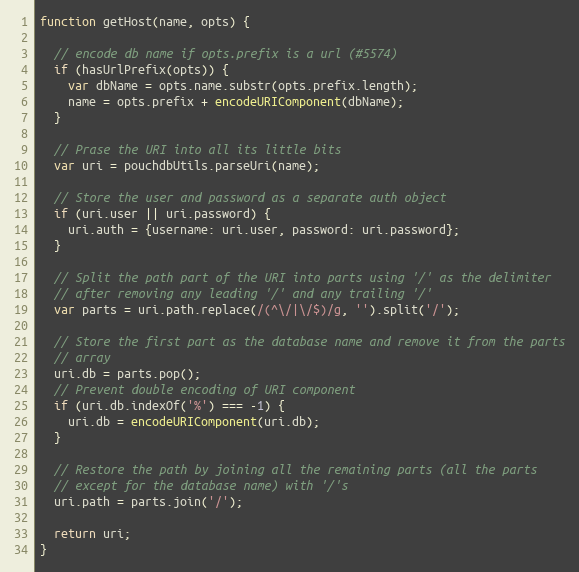
Language: JavaScript
function getHost(name, opts) {

  // encode db name if opts.prefix is a url (#5574)
  if (hasUrlPrefix(opts)) {
    var dbName = opts.name.substr(opts.prefix.length);
    name = opts.prefix + encodeURIComponent(dbName);
  }

  // Prase the URI into all its little bits
  var uri = pouchdbUtils.parseUri(name);

  // Store the user and password as a separate auth object
  if (uri.user || uri.password) {
    uri.auth = {username: uri.user, password: uri.password};
  }

  // Split the path part of the URI into parts using '/' as the delimiter
  // after removing any leading '/' and any trailing '/'
  var parts = uri.path.replace(/(^\/|\/$)/g, '').split('/');

  // Store the first part as the database name and remove it from the parts
  // array
  uri.db = parts.pop();
  // Prevent double encoding of URI component
  if (uri.db.indexOf('%') === -1) {
    uri.db = encodeURIComponent(uri.db);
  }

  // Restore the path by joining all the remaining parts (all the parts
  // except for the database name) with '/'s
  uri.path = parts.join('/');

  return uri;
}